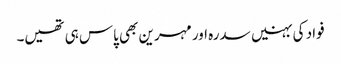
فواد کی بہنیں سدرہ اور مہرین بھی پاس ہی تھیں۔